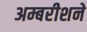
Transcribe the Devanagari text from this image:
अम्बरीशने